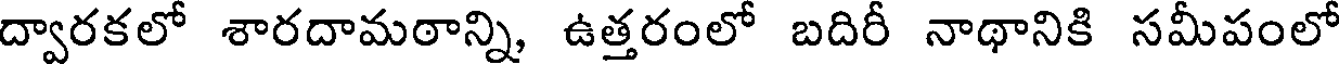
ద్వారకలో శారదామఠాన్ని, ఉత్తరంలో బదిరీ నాథానికి సమీపంలో